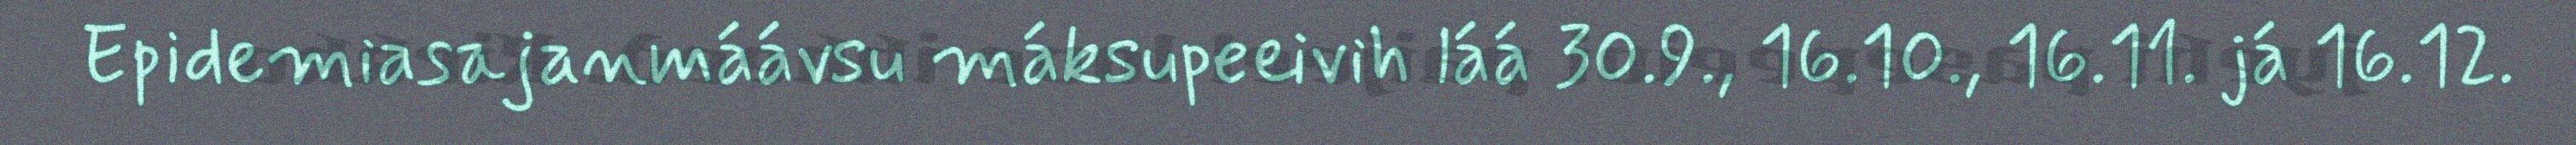
Epidemiasajanmáávsu máksupeeivih láá 30.9., 16.10., 16.11. já 16.12.